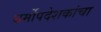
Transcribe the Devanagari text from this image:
धर्मोपदेशकांचा